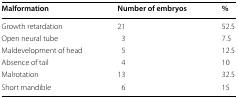
<table><thead><tr><td><b>Malformation</b></td><td><b>Number of embryos</b></td><td><b>%</b></td></tr></thead><tbody><tr><td>Growth retardation</td><td>21</td><td>52.5</td></tr><tr><td>Open neural tube</td><td>3</td><td>7.5</td></tr><tr><td>Maldevelopment of head</td><td>5</td><td>12.5</td></tr><tr><td>Absence of tail</td><td>4</td><td>10</td></tr><tr><td>Malrotation</td><td>13</td><td>32.5</td></tr><tr><td>Short mandible</td><td>6</td><td>15</td></tr></tbody></table>